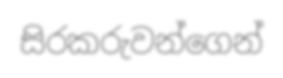
සිරකරුවන්ගෙන්